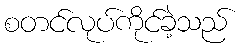
စတင်လုပ်ကိုင်ခဲ့သည်